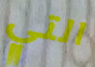
التي